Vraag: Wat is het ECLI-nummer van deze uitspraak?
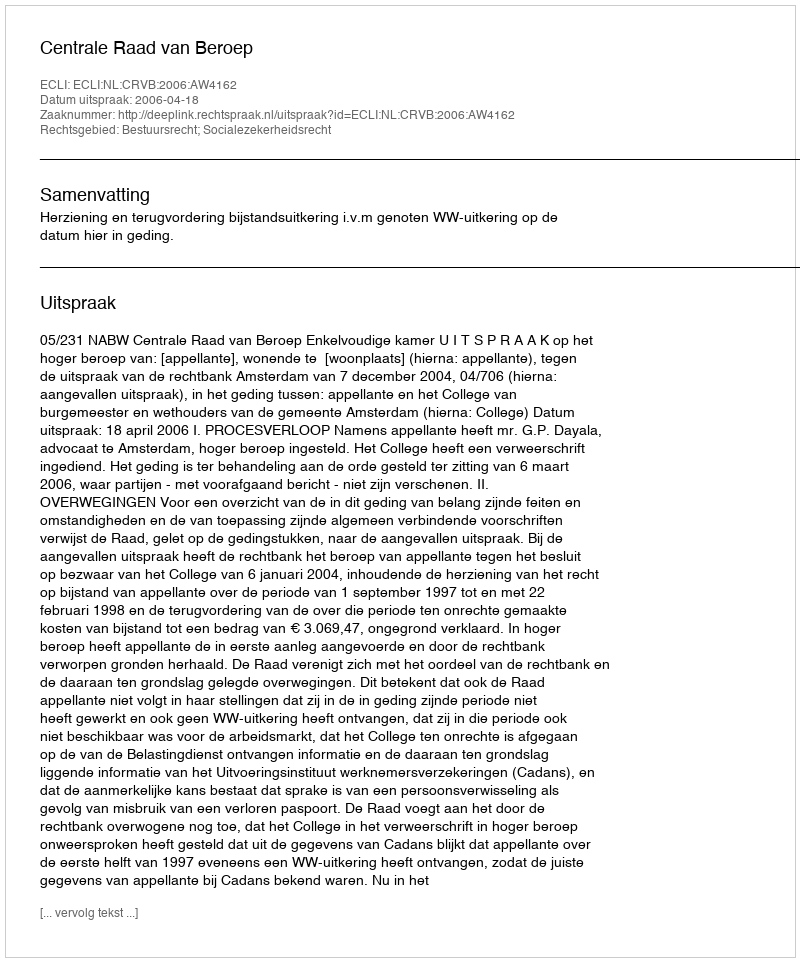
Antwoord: ECLI:NL:CRVB:2006:AW4162